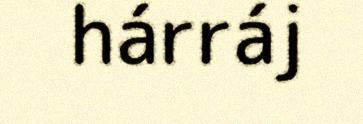
hárráj